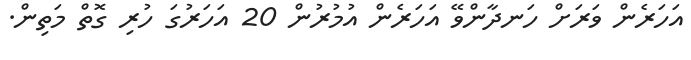
އަހަރެން ވަރަށް ހަނދާންވޭ އަހަރެން އުމުރުން 20 އަހަރުގަ ހުރި ގޮތް މަތިން.